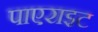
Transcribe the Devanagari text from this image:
पाएराइट